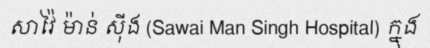
សាវ៉ៃ ម៉ាន់ ស៊ីង (Sawai Man Singh Hospital) ក្នុង